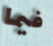
فيما